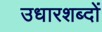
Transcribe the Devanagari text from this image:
उधारशब्दों